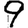
Digit: 9